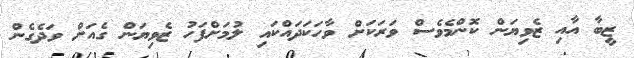
ޒީބާ އާއި ޒެވިޔަން ކޮންމެވެސް ވަރަކަށް ވާހަކަދައްކައި ލުމަށްފަހު ޒެވިޔަން ގެއަށް ވަދެގެން